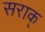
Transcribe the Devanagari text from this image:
सराक्